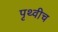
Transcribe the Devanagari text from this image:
पृथ्वीच